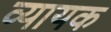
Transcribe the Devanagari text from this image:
व्यायक